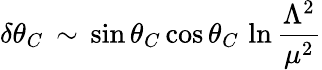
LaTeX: \delta\theta_{C}\, \sim\, \sin\theta_{C}\cos\theta_{C}\, \ln\frac{\Lambda^{2}}{\mu^{2}}